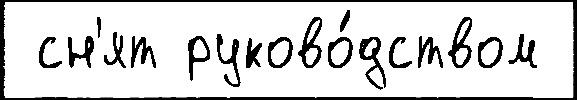
 сн'ят руково́дством